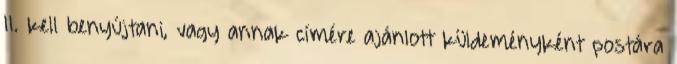
11. kell benyújtani, vagy annak címére ajánlott küldeményként postára